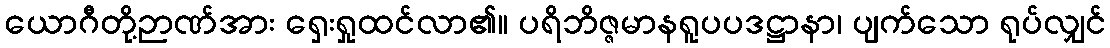
ယောဂီတို့ဉာဏ်အား ရှေးရှုထင်လာ၏။ ပရိဘိဇ္ဇမာနရူပပဒဋ္ဌာနာ၊ ပျက်သော ရုပ်လျှင်